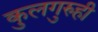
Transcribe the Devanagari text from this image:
कुलगुरुही